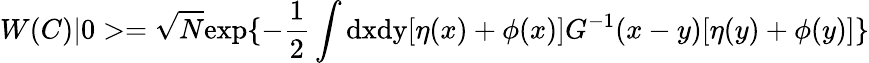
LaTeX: W(C)|0>=\sqrt N\mathrm{exp}\{ -\frac{1}{2}\int\mathrm{dxdy}[\eta(x)+\phi(x)]G^{-1}(x-y)[\eta(y)+\phi(y)]\}